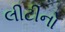
લીટીનો